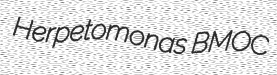
Herpetomonas BMOC